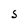
Character: S